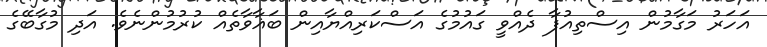
އަހަރު މަގާމުން އިސްތިއުފާ ދެއްވީ ގައުމުގެ އަސްކަރިއްޔާއިން ބަޣާވާތެއް ކުރުމުންނެވެ. އަދި މުގާބޭގެ